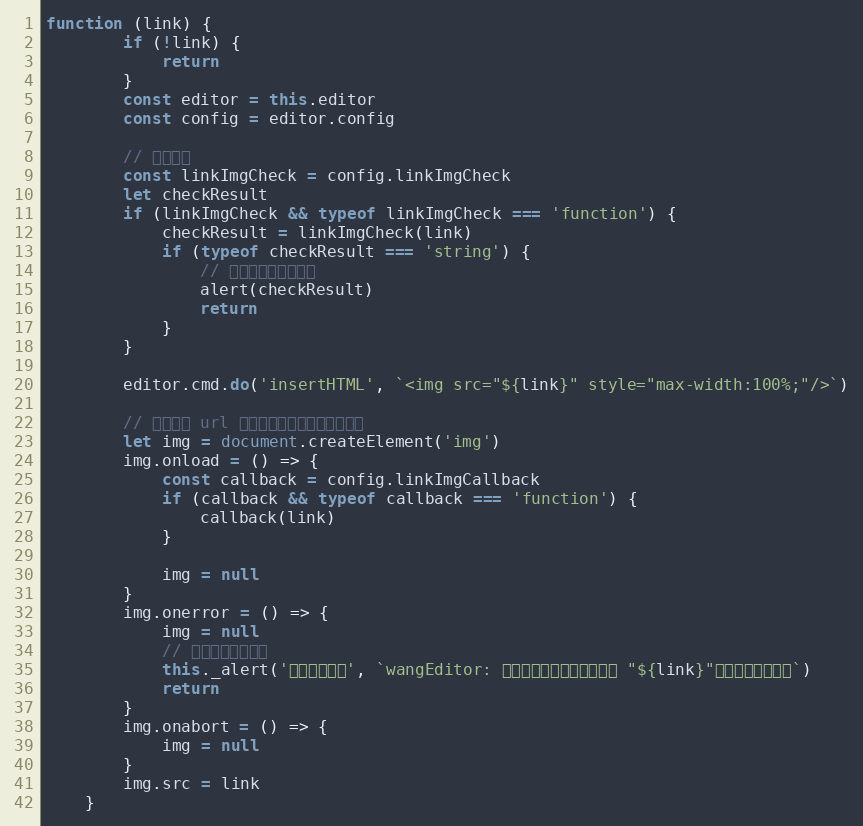
Language: JavaScript
function (link) {
        if (!link) {
            return
        }
        const editor = this.editor
        const config = editor.config

        // 校验格式
        const linkImgCheck = config.linkImgCheck
        let checkResult
        if (linkImgCheck && typeof linkImgCheck === 'function') {
            checkResult = linkImgCheck(link)
            if (typeof checkResult === 'string') {
                // 校验失败，提示信息
                alert(checkResult)
                return
            }
        }

        editor.cmd.do('insertHTML', `<img src="${link}" style="max-width:100%;"/>`)

        // 验证图片 url 是否有效，无效的话给出提示
        let img = document.createElement('img')
        img.onload = () => {
            const callback = config.linkImgCallback
            if (callback && typeof callback === 'function') {
                callback(link)
            }

            img = null
        }
        img.onerror = () => {
            img = null
            // 无法成功下载图片
            this._alert('插入图片错误', `wangEditor: 插入图片出错，图片链接是 "${link}"，下载该链接失败`)
            return
        }
        img.onabort = () => {
            img = null
        }
        img.src = link
    }